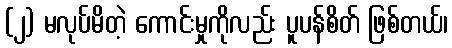
(၂) မလုပ်မိတဲ့ ကောင်းမှုကိုလည်း ပူပန်စိတ် ဖြစ်တယ်၊